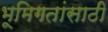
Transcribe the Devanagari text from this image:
भूमिगतांसाठी